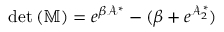
\operatorname* { d e t } \left( \mathbb { M } \right) = e ^ { \beta \mathcal { A } ^ { \ast } } - ( \beta + e ^ { \mathcal { A } _ { 2 } ^ { \ast } } )